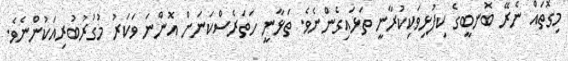
މިގޮތައް ނެރޭ ބޮނބީގެ ކިފުޅިވަކިކުރާނީ ތަޅައިގެންނެވެ. ތަޅާނީ ހަތަރެސްކަނަށް އޮންނަ ވަކަރު މުގުރުބުރިއަކުންނެވެ.